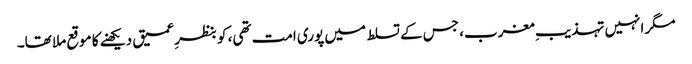
مگر انہیں تہذیبِ مغرب، جس کے تسلط میں پوری امت تھی، کو بنظرِ عمیق دیکھنے کا موقع ملا تھا۔